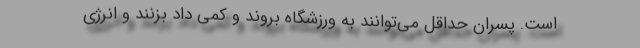
است. پسران حداقل می‌توانند به ورزشگاه بروند و کمی داد بزنند و انرژی